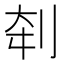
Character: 𰄨